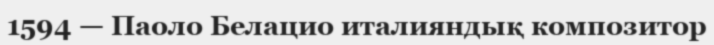
1594 — Паоло Белацио италияндық композитор